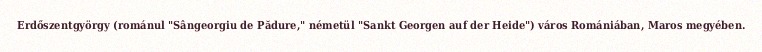
Erdőszentgyörgy (románul "Sângeorgiu de Pădure," németül "Sankt Georgen auf der Heide") város Romániában, Maros megyében.